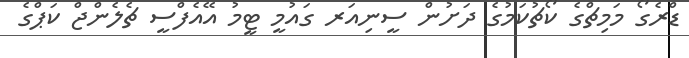
ޑްރެގޯ މަމިޗްގެ ކޯޗުކަމުގެ ދަށުން ސީނިއަރ ގައުމީ ޓީމު އޭއެފްސީ ޗެލެންޖް ކަޕްގެ